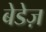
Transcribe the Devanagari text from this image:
बेडेज़